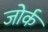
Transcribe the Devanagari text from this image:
जोर्क